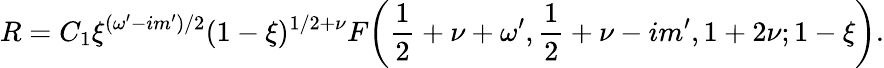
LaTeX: R=C_{1}\xi^{(\omega^{\prime}-im^{\prime})/2}(1-\xi)^{1/2+\nu}F\bigg(\frac 12+\nu+\omega^{\prime},\frac 12+\nu-im^{\prime},1+2\nu;1-\xi\bigg).